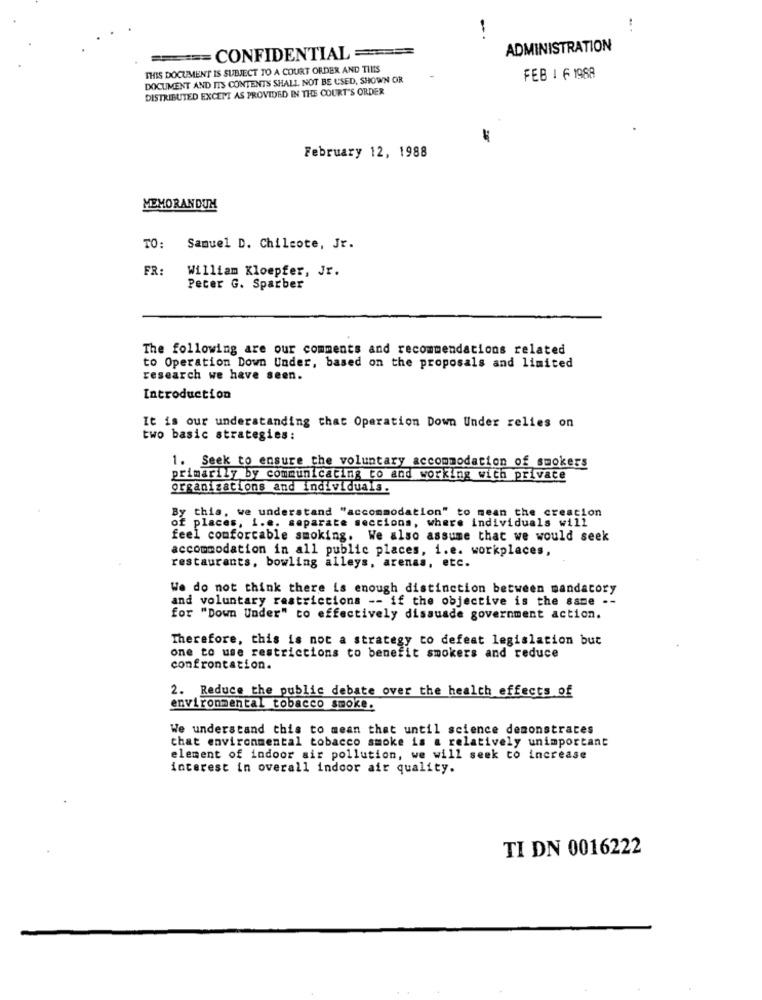
-
:
====== CONFIDENTIAL ===
ADMINISTRATION
THIS DOCUMENT IS SUBJECT TO A COURT ORDER AND TILIS
DOCUMENT AND ITS CONTENTS SHALL NOT BE USED, SHOWN OR
FEB I F 1988
DISTRIBUTED EXCEPT AS PROVIDED IN THE COURT'S ORDER
February 12, 1988
MEMORANDUM
TO:
Samuel D. Chilcote, Jr.
FR:
William Kloepfer, Jr.
Peter G. Sparber
The following are our comments and recommendations related
to Operation Down Under, based on the proposals and limited
research we have seen.
Introduction
It is our understanding that Operation Down Under relies on
two basic strategies:
1. Seek to ensure the voluntary accommodation of smokers
primarily by communicating to and working with private
organizations and individuals.
By this, we understand "accommodation" to mean the creation
of places, i.e. separate seccions, where individuals will
feel comfortable smoking. We also assume that we would seek
accommodation in all public places, i.e. workplaces,
restaurants, bowling alleys, arenas, etc.
We do not think there is enough distinction between mandatory
and voluntary restrictions -- if the objective is the same .-
for "Down Under" to effectively dissuade government action.
Therefore, this is not a strategy to defeat legislation but
one to use restrictions to benefit smokers and reduce
confrontation.
2. Reduce the public debate over the health effects of
environmental tobacco smoke.
We understand this to mean that until science demonstrates
that environmental tobacco smoke is a relatively unimportant
element of indoor air pollution, we will seek to increase
interest in overall indoor air quality.
TI DN 0016222